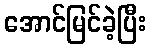
အောင်မြင်ခဲ့ပြီး